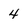
Character: 4